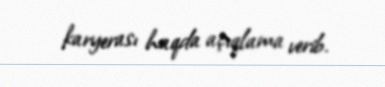
karyerası haqda açıqlama verib.